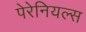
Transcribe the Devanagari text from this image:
पेरेनियल्स